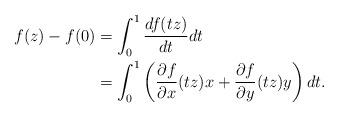
LaTeX: \begin{align*}f(z)-f(0) &= \int_{0}^1 \frac{d f(tz)}{d t} dt \\ &= \int_{0}^1 \left( \frac{\partial f }{\partial x}(tz) x + \frac{\partial f}{\partial y}(tz) y \right) dt. \end{align*}